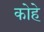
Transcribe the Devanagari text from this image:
कोहे